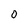
Character: o